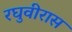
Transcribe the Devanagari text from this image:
रघुवीरास